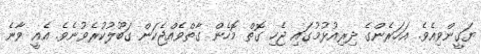
ޔަގީންވިއެވެ. އަހަރެންގެ ދިރިއުޅުމުގައި ޖެހި ގޮތް މޮހެން ގާތްވެއްޖެކަން ގަބޫލުކުރެވުނެވެ. އެއީ ވާނެ